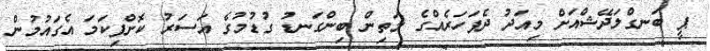
ޕީ ބަނގްލަދޭޝްއަށް މިއަދު ދެފަހަރެއްގެ މަތިން ބިންގަނޑު ގުޑުމުގެ އަސަރު ކޮށްފިކަމަ އެގައުމުން